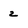
Character: 2